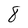
Character: 8